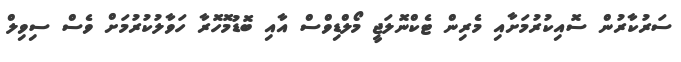
ސަރުކާރުން ސޮއިކުރުމަށާއި މެރިން ޓެކްނޮލަޖީ މޯލްޑިވްސް އާއި ބޮޑުމޮހޮރާ ހަވާލުކުރުމަށް ވެސް ސިވިލް